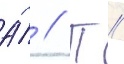
А́ // П //